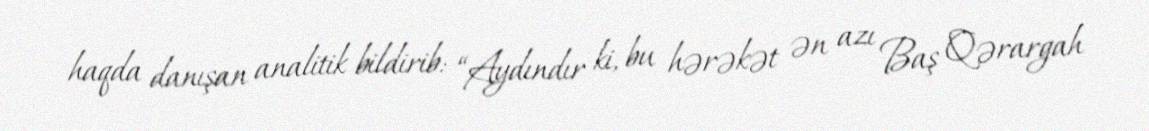
haqda danışan analitik bildirib: “Aydındır ki, bu hərəkət ən azı Baş Qərargah